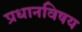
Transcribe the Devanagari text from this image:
प्रधानविषय